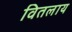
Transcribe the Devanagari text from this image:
वितलाय